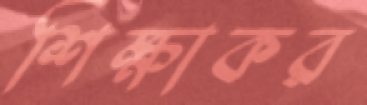
শিক্ষাকর